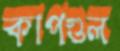
কাপগুল